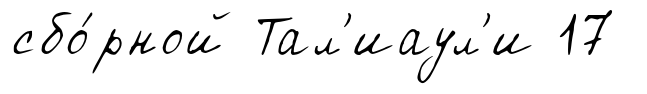
сбо́рной Тал'иаул'и 17